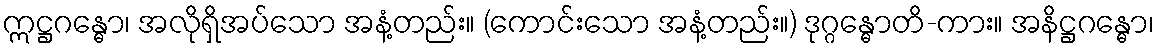
ဣဋ္ဌဂန္ဓော၊ အလိုရှိအပ်သော အနံ့တည်း။ (ကောင်းသော အနံ့တည်း။) ဒုဂ္ဂန္ဓောတိ-ကား။ အနိဋ္ဌဂန္ဓော၊